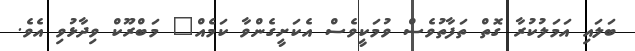
ބަލައި އަމަލުކުރާ ގޮތް ތަފާތުވެސް ވުމަކީވެސް އެކަށީގެންވާ ކަމެއް" މަބްރޫކް ވިދާޅުވި އެވެ.